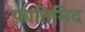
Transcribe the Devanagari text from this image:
फ़ातिमिद